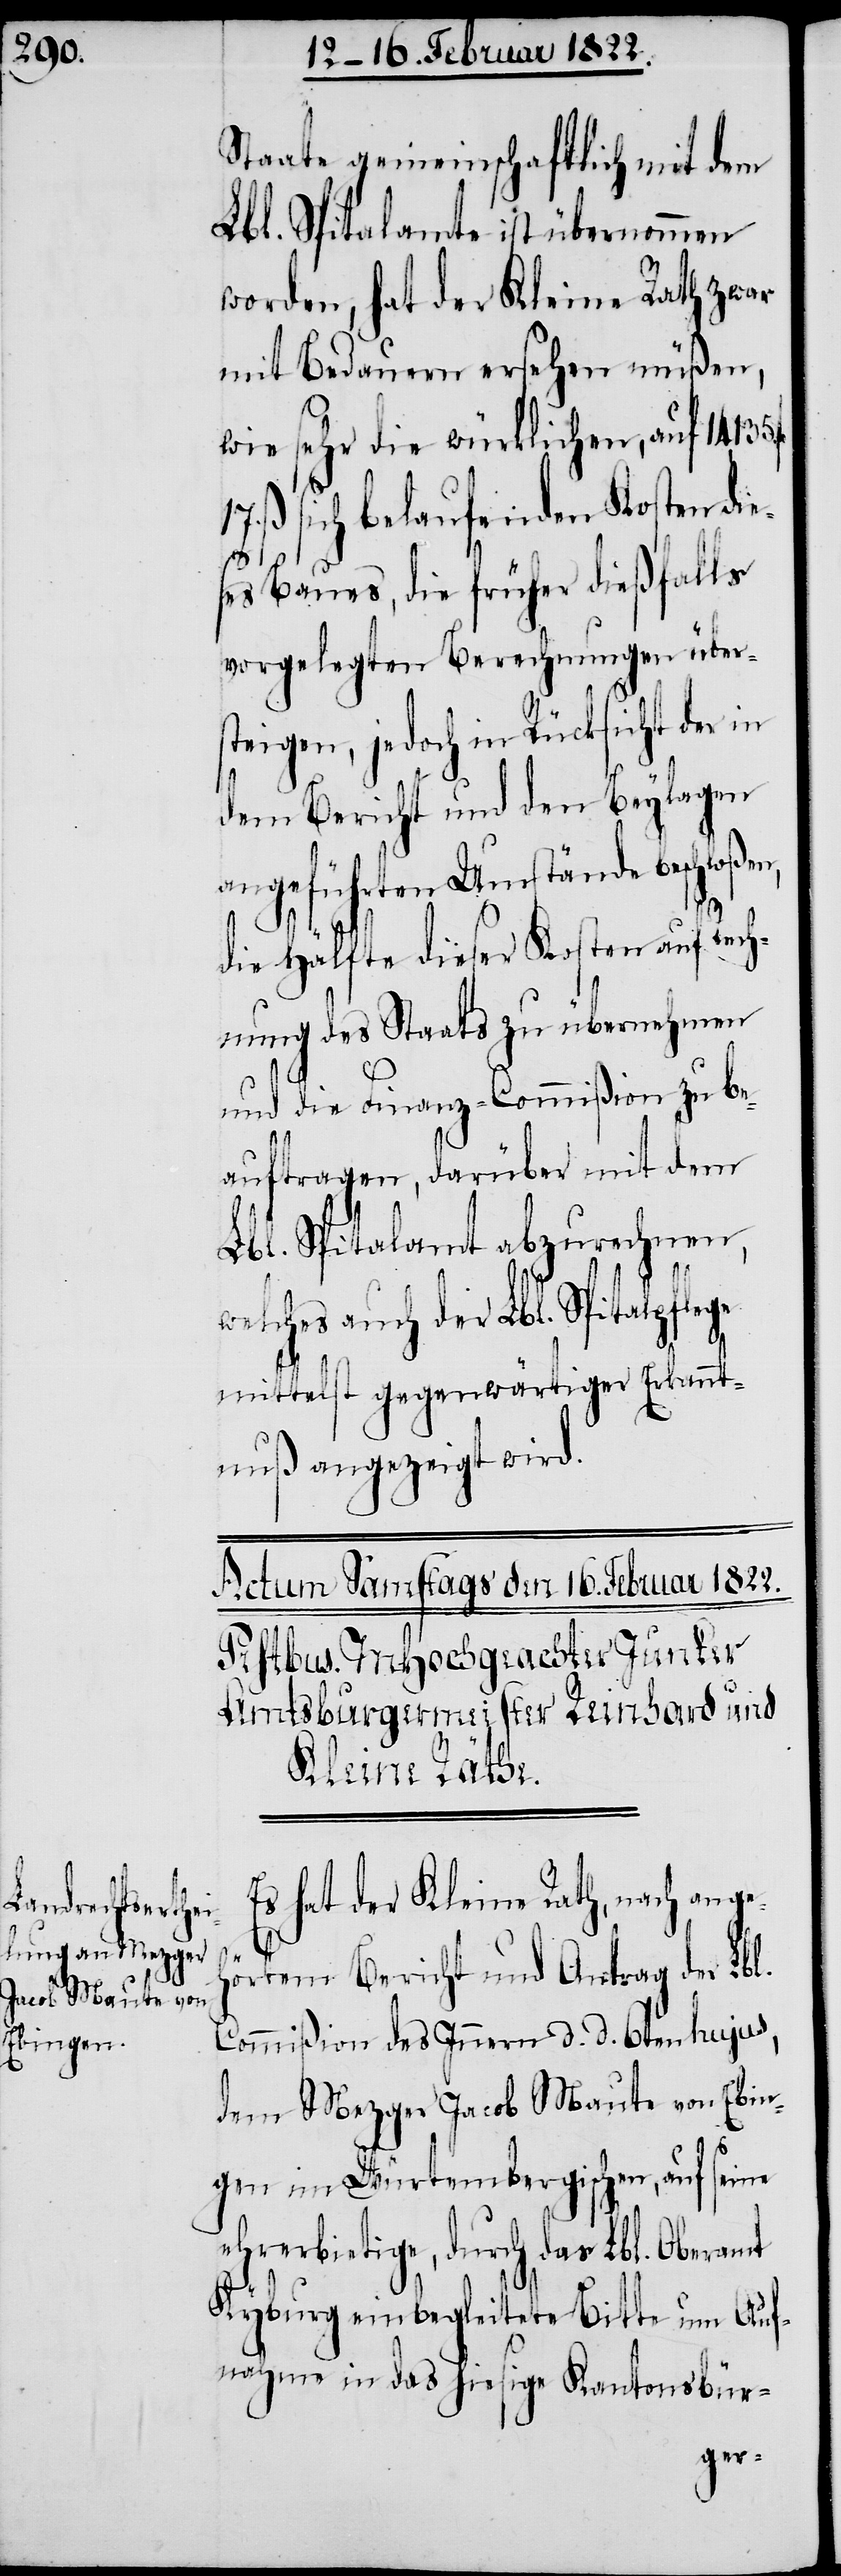
Staate gemeinschaftlich mit dem
Lbl. Spitalamte ist übernommen
worden, hat der Kleine Rath zwar
mit Bedauern ersehen müßen,
wie sehr die würklichen, auf 14135
ß. sich belaufenden Kosten die¬
17.
ses Baues, die früher dießfalls
vorgelegten Berechnungen übers¬
teigen, jedoch in Rücksicht der in
dem Bericht und den Beylagen
angeführten Umstände beschloßen,
die Hälfte dieser Kosten auf Rech¬
nung des Staats zu übernehmen
und die Finanz-Commißion zu be¬
auftragen, darüber mit dem
Lbl. Spitalamt abzurechnen,
welches auch der Lbl. Spitalpflege
mittelst gegenwärtiger Erkannt¬
nuß angezeigt wird.
Es hat der Kleine Rath, nach ange¬
hörtem Bericht und Antrag der Lbl.
Commißion des Innern d. d. 6ten hujus,
dem Mezger Jacob Maute von Ebin¬
gen im Würtembergischen, auf seine
ehrerbietige, durch das Lbl. Oberamt
Kyburg einbegleitete Bitte um Auf¬
nahme in das hiesige Kantonsbür-